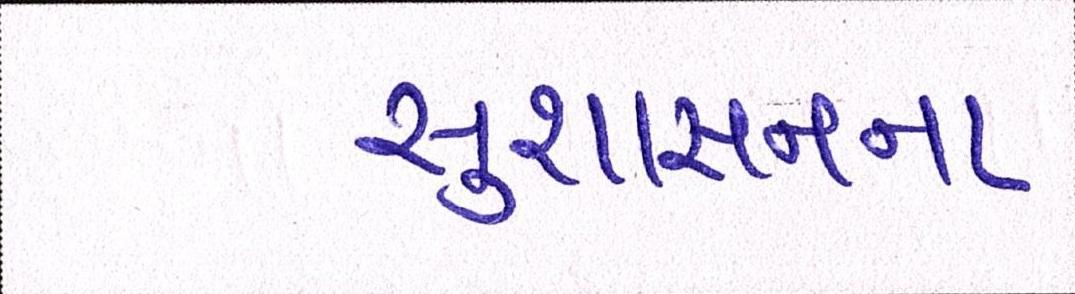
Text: સુશાસનના